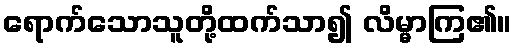
ရောက်သောသူတို့ထက်သာ၍ လိမ္မာကြ၏။